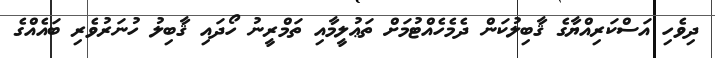
ދިވެހި އަސްކަރިއްޔާގެ ޤާބިލުކަން ދެމެހެއްޓުމަށް ތަޢުލީމާއި ތަމްރީނު ހޯދައި ޤާބިލު ހުނަރުވެރި ބައެއްގެ